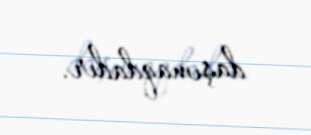
daşımaqdadır.